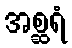
အစ္ဆရံ